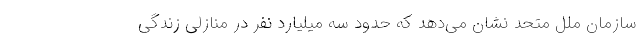
سازمان ملل متحد نشان می‌دهد که حدود سه میلیارد نفر در منازلی زندگی